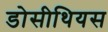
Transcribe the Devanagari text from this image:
डोसीथियस